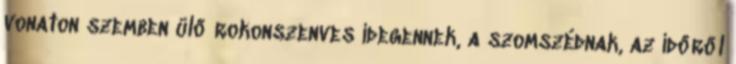
vonaton szemben ülő rokonszenves idegennek, a szomszédnak, az időről